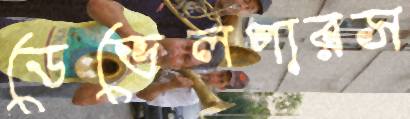
ডেভেলপারস